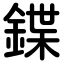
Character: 鍱